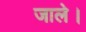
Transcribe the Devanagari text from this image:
जाले।